Annual report of the Punjab Veterinary College and of the Civil Veterinary Department, Punjab - 1926-1932
Year: 1926
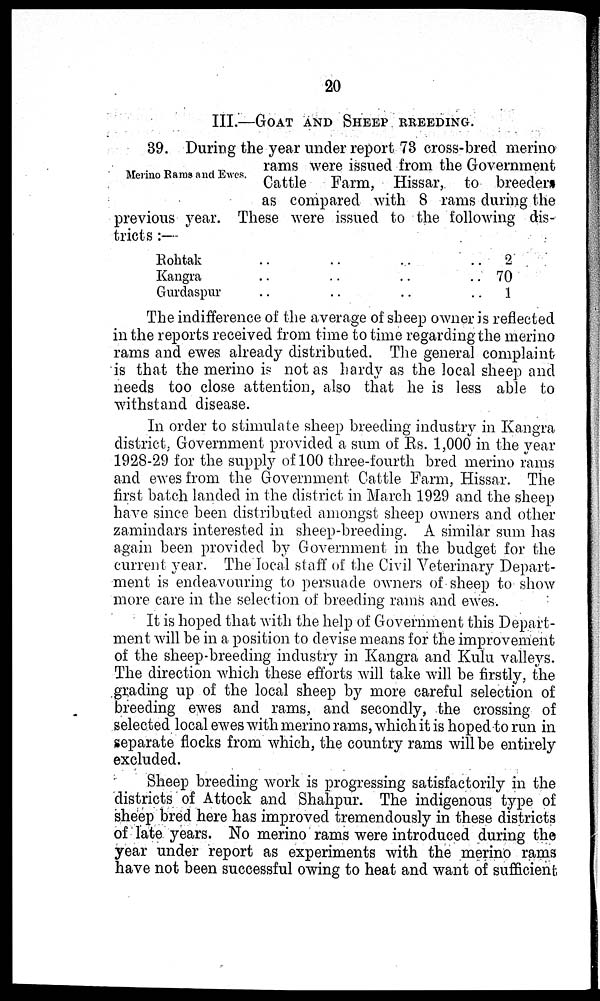
20
III.—GOAT AND SHEEP BREEDING.
Merino Rams and Ewes.
39. During the year under report 73 cross-bred merino
rams were issued from the Government
Cattle
Farm, Hissar, to breeders
as compared with 8 rams during the
previous year. These were issued to the following dis-
tricts :—
Rohtak .. .. ..
Kangra .. .. ..
Gnrdaspur .. .. ..
2
70
1
The indifference of the average of sheep owner is reflected
in the reports received from time to time regarding the merino
rams and ewes already distributed. The general complaint
is that the merino is not as hardy as the local sheep and
needs too close attention, also that he is less able to
withstand disease.
In order to stimulate sheep breeding industry in Kangra
district, Government provided a sum of Rs. 1,000 in the year
1928-29 for the supply of 100 three-fourth bred merino rams
and ewes from the Government Cattle Farm, Hissar. The
first batch landed in the district in March 1929 and the sheep
have since been distributed amongst sheep owners and other
zamindars interested in sheep-breeding. A similar sum has
again been provided by Government in the budget for the
current year. The local staff of the Civil Veterinary Depart-
ment is endeavouring to persuade owners of sheep to show
more care in the selection of breeding rams and ewes.
It is hoped that with the help of Government this Depart-
ment will be in a position to devise means for the improvement
of the sheep-breeding industry in Kangra and Kulu valleys.
The direction which these efforts will take will be firstly, the
grading up of the local sheep by more careful selection of
breeding ewes and rams, and secondly, the crossing of
selected local ewes with merino rams, which it is hoped to run in
separate flocks from which, the country rams will be entirely
excluded.
Sheep breeding work is progressing satisfactorily in the
districts of Attock and Shahpur. The indigenous type of
sheep bred here has improved tremendously in these districts
of late years. No merino rams were introduced during the
year under report as experiments with the merino rams
have not been successful owing to heat and want of sufficient